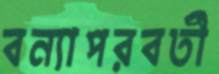
বন্যাপরবর্তী